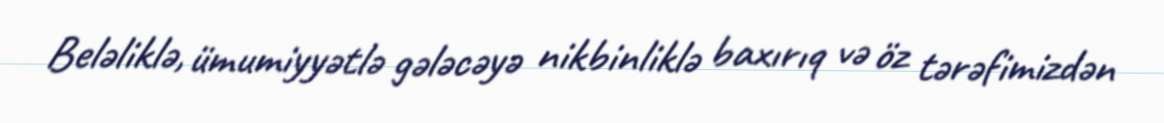
Beləliklə, ümumiyyətlə gələcəyə nikbinliklə baxırıq və öz tərəfimizdən